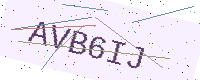
Text: AVB6IJ